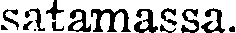
satamassa.